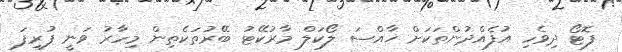
ފޮޓޯ ދިވެހި އުފެއްދުންތަކަށް ޚާއްސަ ލޯކަލް މާރުކޭޓު ބޭރުތަކެތިން މިހާރު ވަނީ ފުރިފަ